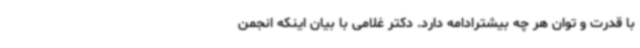
با قدرت و توان هر چه بیشترادامه دارد. دکتر غلامی با بیان اینکه انجمن